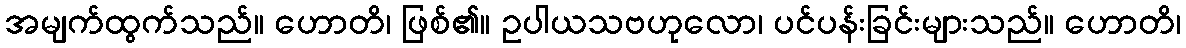
အမျက်ထွက်သည်။ ဟောတိ၊ ဖြစ်၏။ ဥပါယသဗဟုလော၊ ပင်ပန်းခြင်းများသည်။ ဟောတိ၊